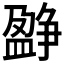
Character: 𤔷